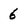
Character: 6